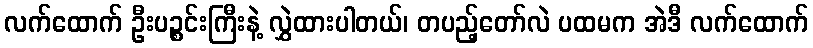
လက်ထောက် ဦးပဉ္စင်းကြီးနဲ့ လွှဲထားပါတယ်၊ တပည့်တော်လဲ ပထမက အဲဒီ လက်ထောက်